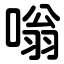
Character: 嗡